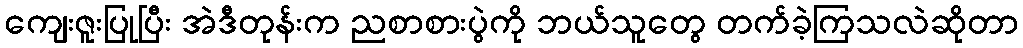
ကျေးဇူးပြုပြီး အဲဒီတုန်းက ညစာစားပွဲကို ဘယ်သူတွေ တက်ခဲ့ကြသလဲဆိုတာ